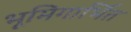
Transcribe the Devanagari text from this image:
भूमिगार्भित